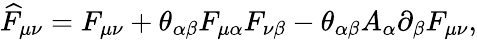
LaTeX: \widehat{F}_{\mu\nu}=F_{\mu\nu}+\theta_{\alpha\beta}F_{\mu\alpha}F_{\nu\beta}-\theta_{\alpha\beta}A_{\alpha}\partial_{\beta}F_{\mu\nu},